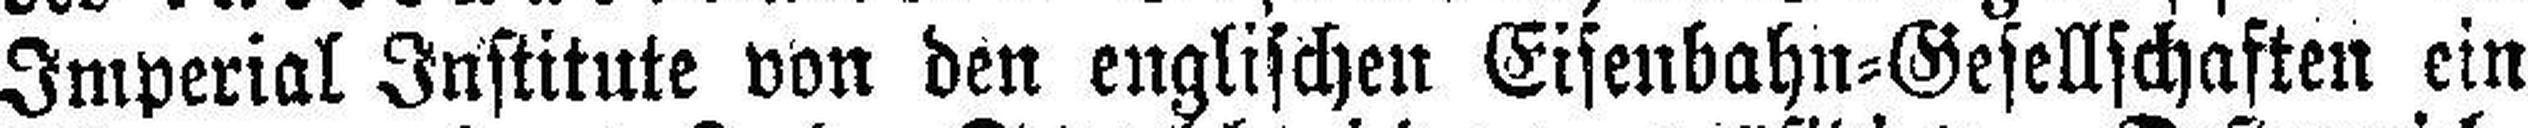
Imperial Institute von den englischen Eisenbahn=Gesellschaften ein